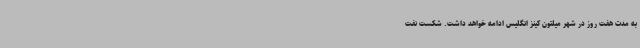
به مدت هفت روز در شهر میلتون کینز انگلیس ادامه خواهد داشت. شکست نفت